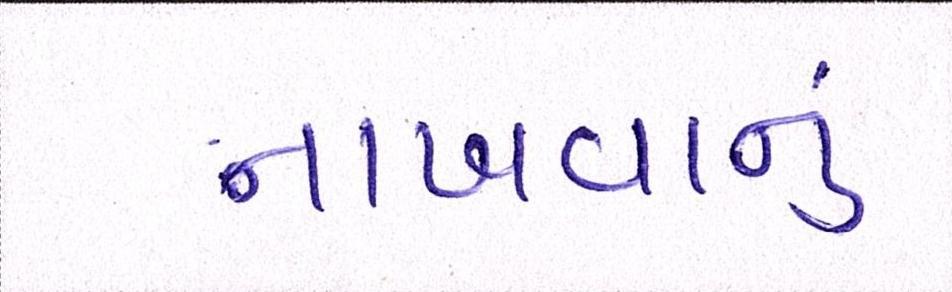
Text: નાખવાનું